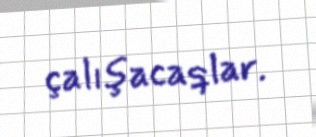
çalışacaqlar.